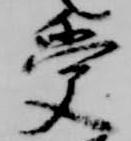
受